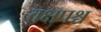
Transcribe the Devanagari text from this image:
वक्षपश्च